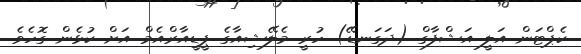
ކެޕްޓަން އަލީ އަޝްފާގް (ދަގަނޑޭ) ހުރީ މެލޭޝިއާގެ ޕީޑީއާރްއެމް އަށް ކުޅެން ގޮހެވެ.